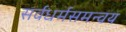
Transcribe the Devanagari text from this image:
सर्वधर्मसमन्वय